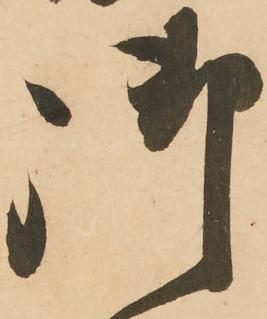
御